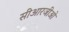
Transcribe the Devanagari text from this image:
सीआरजीओ